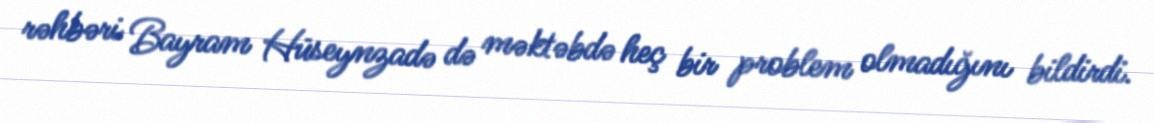
rəhbəri Bayram Hüseynzadə də məktəbdə heç bir problem olmadığını bildirdi.